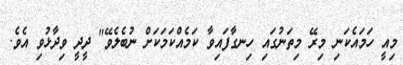
މިއީ ހަމައެކަނި މިރޭ މިތަނުގައި ހިނގާފައިވާ ކަމެއްކަމަކަށް ނުބެލެވޭ" ދީދީ ވިދާޅުވި އެވެ.